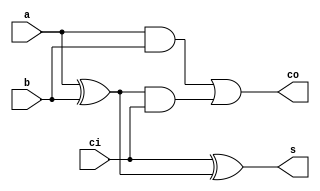
module fulladder(s,co,a,b,ci);

		input a,b,ci;
		output s,co;
		
		wire w1,w2,w3;
		
		xor(w1,a,b);
		and(w2,a,b);
		xor(s,ci,w1);
		and(w3,w1,ci);
		or(co,w2,w3);
		
endmodule